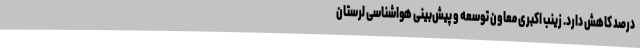
درصد کاهش دارد. زینب اکبری معاون توسعه و پیش‌بینی هواشناسی لرستان